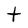
Character: t